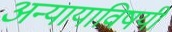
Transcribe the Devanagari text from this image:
अन्यायाविषयी